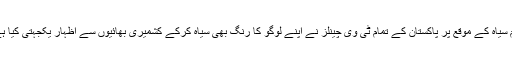
یوم سیاہ کے موقع پر پاکستان کے تمام ٹی وی چینلز نے اپنے لوگو کا رنگ بھی سیاہ کرکے کشمیری بھائیوں سے اظہار یکجہتی کیا ہے۔